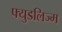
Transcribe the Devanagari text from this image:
फ्युडलिज्म